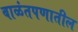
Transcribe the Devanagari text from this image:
बाळंतपणातील